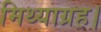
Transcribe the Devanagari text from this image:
मिथ्याग्रह।